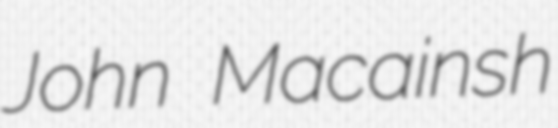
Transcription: John Macainsh